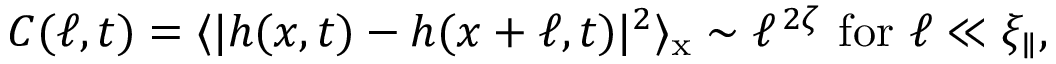
C ( \ell , t ) = \langle \lvert h ( x , t ) - h ( x + \ell , t ) \rvert ^ { 2 } \rangle _ { \mathrm { x } } \sim \ell ^ { \, 2 \zeta } \mathrm { \, \, f o r \, \, } \ell \ll \xi _ { \parallel } ,